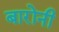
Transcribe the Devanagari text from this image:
बारोनी